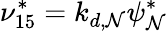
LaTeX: \nu_{15}^{*}=k_{d,\mathcal{N}}\psi_{\mathcal{N}}^{*}